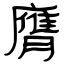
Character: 膺